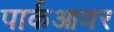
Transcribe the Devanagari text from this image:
पार्कआवर